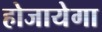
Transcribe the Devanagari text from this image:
होजायेगा